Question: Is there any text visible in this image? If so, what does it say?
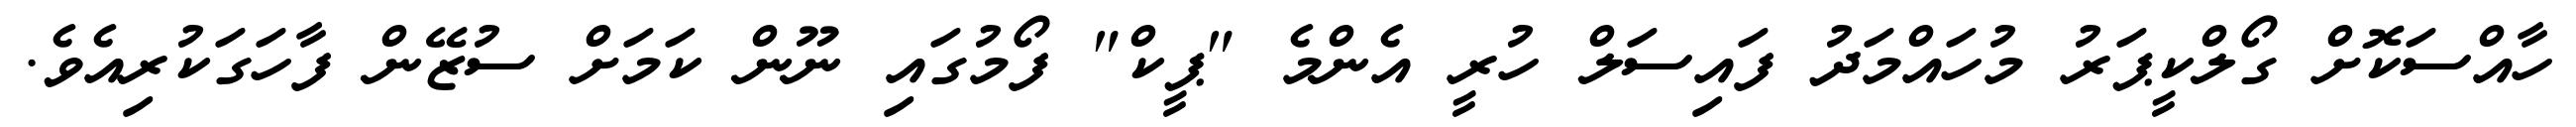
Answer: ހާއްސަކޮށް ގޯލްކީޕަރު މުހައްމަދު ފައިސަލް ހުރީ އެންމެ "ޕީކް" ފޯމުގައި ނޫން ކަމަށް ސުޒޭން ފާހަގަކުރިއެވެ.